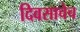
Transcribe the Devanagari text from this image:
दिवसाचेच